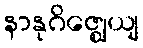
နာနုဂိဇ္ဈေယျ